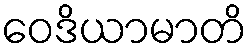
ဝေဒိယာမာတိ